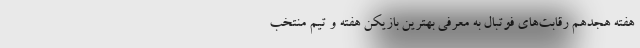
هفته هجدهم رقابت‌های فوتبال به معرفی بهترین بازیکن هفته و تیم منتخب